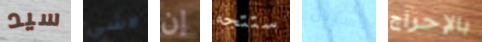
سيد لاشي إن ستتجه خسيس بالإحراج